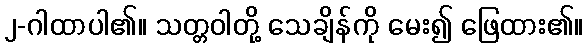
၂-ဂါထာပါ၏။ သတ္တဝါတို့ သေချိန်ကို မေး၍ ဖြေထား၏။